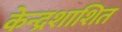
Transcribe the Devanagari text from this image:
केन्द्रशाशित